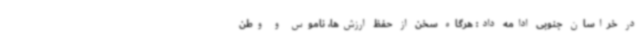
در خراسان جنوبی ادامه داد: هرگاه سخن از حفظ ارزش‌ها، ناموس و وطن